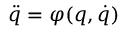
\ddot { q } = \varphi ( q , \dot { q } )